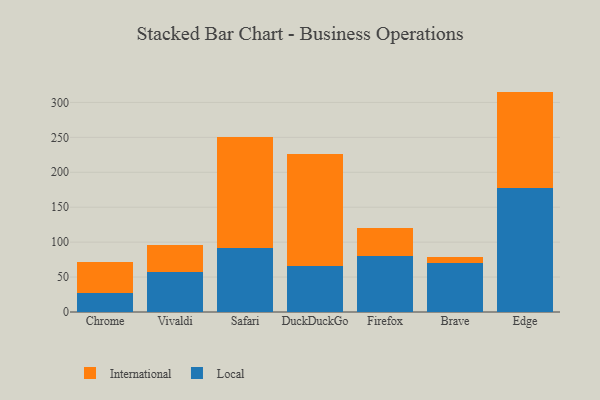
{"axis": {"x": "Browser", "y": "Demand Index"}, "legend": ["International", "Local"], "data": [{"x": "Chrome", "y": 26.8, "type": "Local"}, {"x": "Chrome", "y": 44.1, "type": "International"}, {"x": "Vivaldi", "y": 56.7, "type": "Local"}, {"x": "Vivaldi", "y": 38.8, "type": "International"}, {"x": "Safari", "y": 92.1, "type": "Local"}, {"x": "Safari", "y": 157.9, "type": "International"}, {"x": "DuckDuckGo", "y": 66.1, "type": "Local"}, {"x": "DuckDuckGo", "y": 160.3, "type": "International"}, {"x": "Firefox", "y": 79.8, "type": "Local"}, {"x": "Firefox", "y": 39.8, "type": "International"}, {"x": "Brave", "y": 70.1, "type": "Local"}, {"x": "Brave", "y": 8.3, "type": "International"}, {"x": "Edge", "y": 177.8, "type": "Local"}, {"x": "Edge", "y": 137.7, "type": "International"}]}